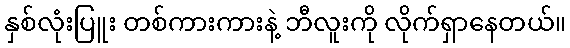
နှစ်လုံးပြူး တစ်ကားကားနဲ့ ဘီလူးကို လိုက်ရှာနေတယ်။